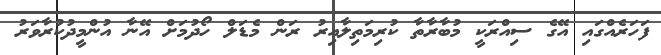
ފަހަރެއްގައި އޭގެ ސިއްރަކީ މުބާރާތާ ކުރިމަތިލާއިރު ރަން މެޑަލް ހޯދުމަށް އޭނާ އުންމީދުކުރާވަރު